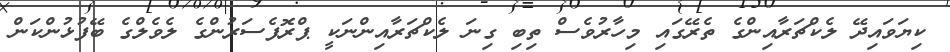
ކިޔަވައިދޭ ލެކްޗަރާއިންގެ ތެރޭގައި މިހާރުވެސް ތިބި ގިނަ ލެކްޗަރާއިންނަކީ ޕްރޮފެސަރުންގެ ލެވެލްގެ ބޭފުޅުންކަން